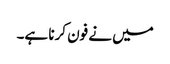
میں نے فون کرنا ہے۔